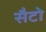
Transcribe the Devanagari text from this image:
सैटो